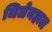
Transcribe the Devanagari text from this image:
जिलेनहाल